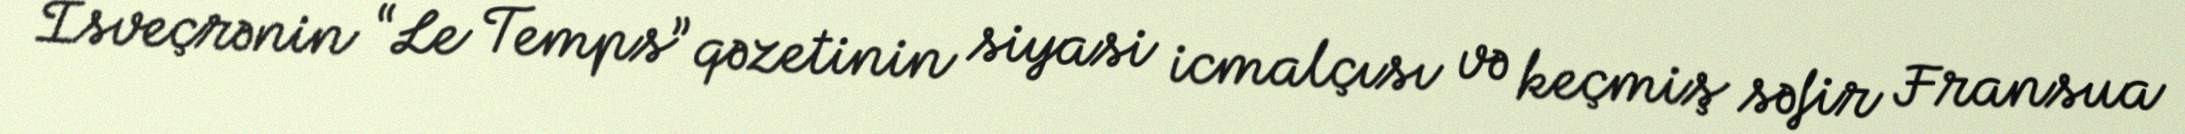
İsveçrənin “Le Temps” qəzetinin siyasi icmalçısı və keçmiş səfir Fransua